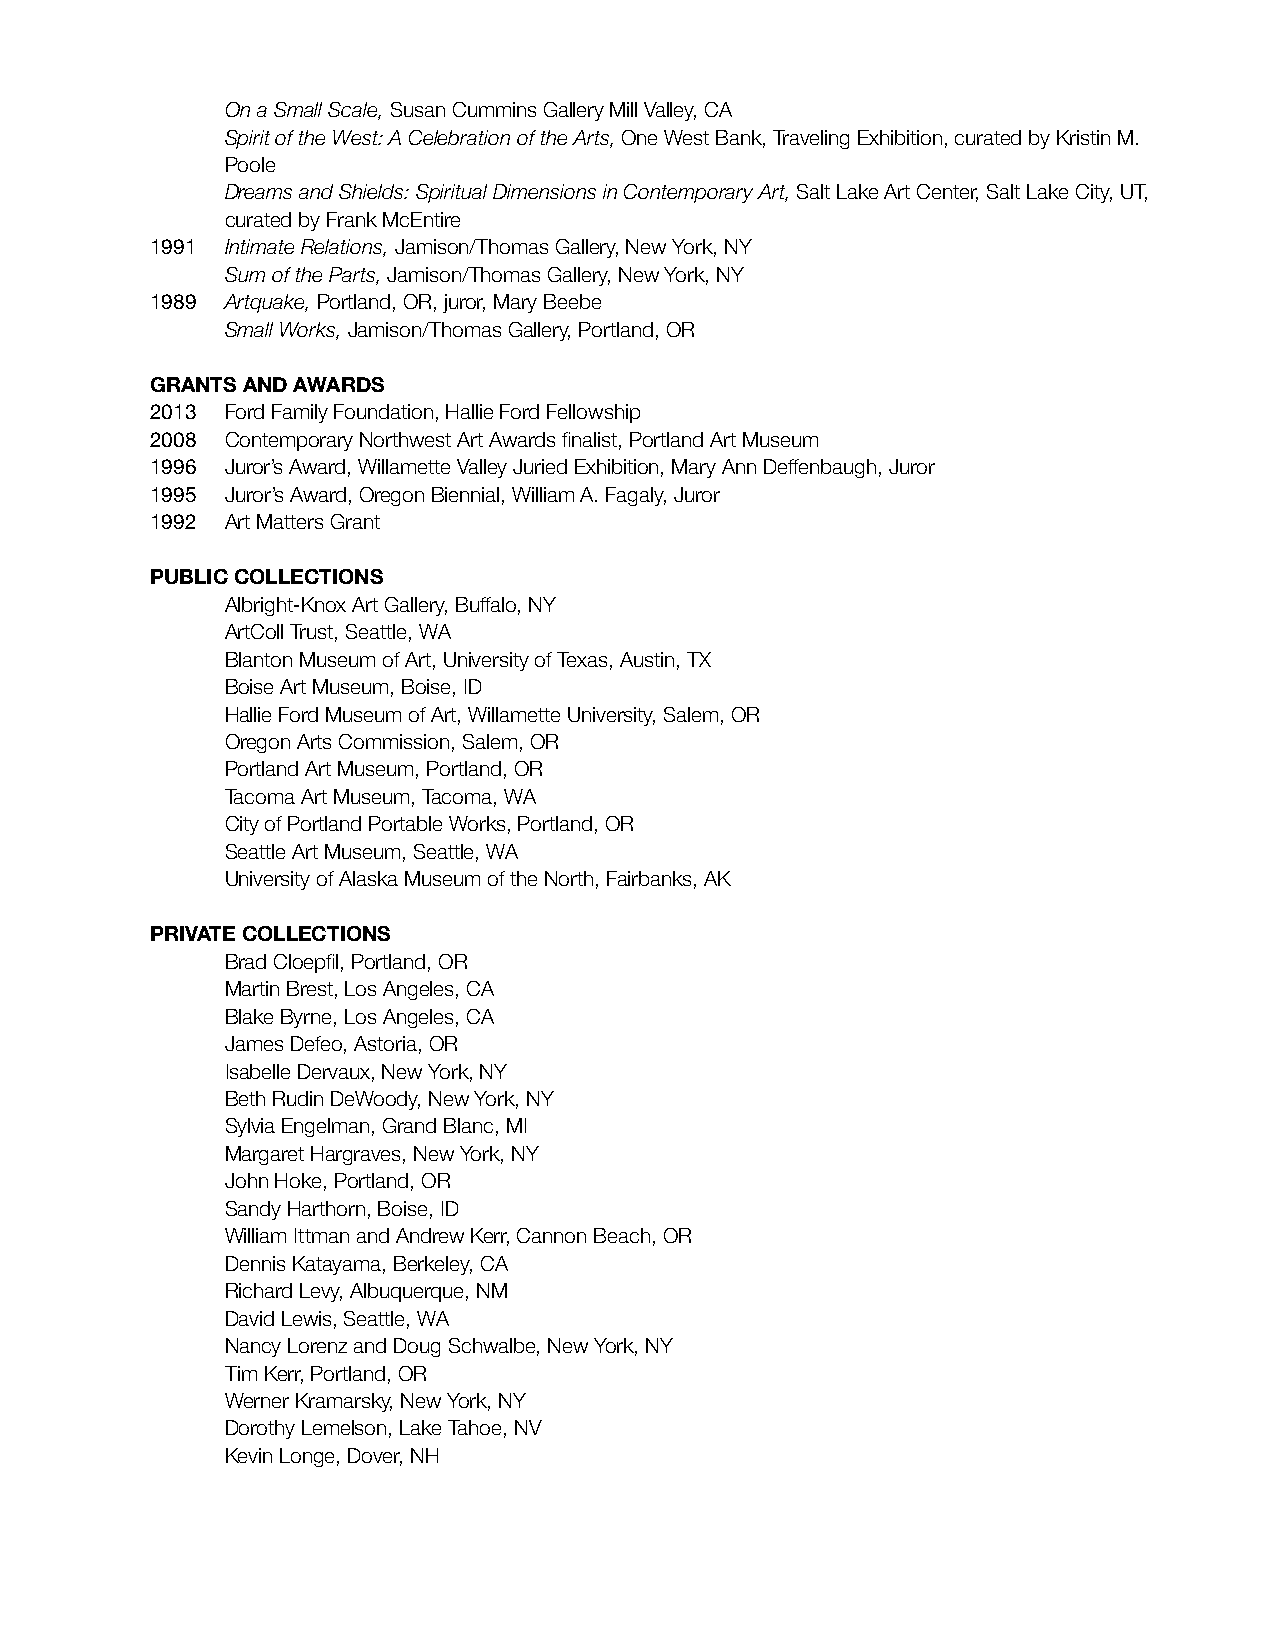
On a Small Scale, Susan Cummins Gallery Mill Valley, CA
 Spirit of the West: A Celebration of the Arts, One West Bank, Traveling Exhibition, curated by Kristin M.
 Poole
 Dreams and Shields: Spiritual Dimensions in Contemporary Art, Salt Lake Art Center, Salt Lake City, UT,
 curated by Frank McEntire
 1991 Intimate Relations, Jamison/Thomas Gallery, New York, NY
 Sum of the Parts, Jamison/Thomas Gallery, New York, NY
 1989 Artquake, Portland, OR, juror, Mary Beebe
 Small Works, Jamison/Thomas Gallery, Portland, OR
 GRANTS AND AWARDS
 2013 Ford Family Foundation, Hallie Ford Fellowship
 2008 Contemporary Northwest Art Awards finalist, Portland Art Museum
 1996 Juror’s Award, Willamette Valley Juried Exhibition, Mary Ann Deffenbaugh, Juror
 1995 Juror’s Award, Oregon Biennial, William A. Fagaly, Juror
 1992 Art Matters Grant
 PUBLIC COLLECTIONS
 Albright-Knox Art Gallery, Buffalo, NY
 ArtColl Trust, Seattle, WA
 Blanton Museum of Art, University of Texas, Austin, TX
 Boise Art Museum, Boise, ID
 Hallie Ford Museum of Art, Willamette University, Salem, OR
 Oregon Arts Commission, Salem, OR
 Portland Art Museum, Portland, OR
 Tacoma Art Museum, Tacoma, WA
 City of Portland Portable Works, Portland, OR
 Seattle Art Museum, Seattle, WA
 University of Alaska Museum of the North, Fairbanks, AK
 PRIVATE COLLECTIONS
 Brad Cloepfil, Portland, OR
 Martin Brest, Los Angeles, CA
 Blake Byrne, Los Angeles, CA
 James Defeo, Astoria, OR
 Isabelle Dervaux, New York, NY
 Beth Rudin DeWoody, New York, NY
 Sylvia Engelman, Grand Blanc, MI
 Margaret Hargraves, New York, NY
 John Hoke, Portland, OR
 Sandy Harthorn, Boise, ID
 William Ittman and Andrew Kerr, Cannon Beach, OR
 Dennis Katayama, Berkeley, CA
 Richard Levy, Albuquerque, NM
 David Lewis, Seattle, WA
 Nancy Lorenz and Doug Schwalbe, New York, NY
 Tim Kerr, Portland, OR
 Werner Kramarsky, New York, NY
 Dorothy Lemelson, Lake Tahoe, NV
 Kevin Longe, Dover, NH